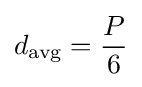
d_{\text{avg}}={P \over 6}